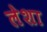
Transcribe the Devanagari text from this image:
लेशा